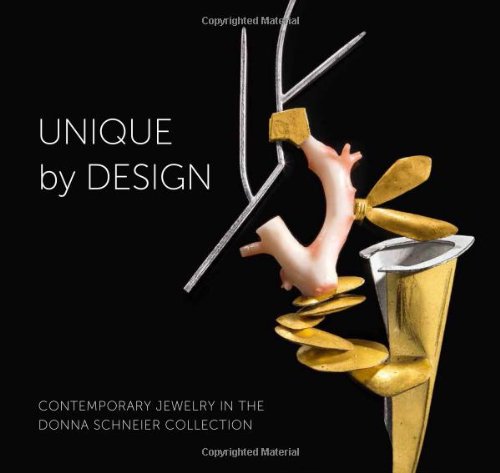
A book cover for Unique by Design: Contemporary Jewelry in the Donna Schneier Collection (Metropolitan Museum of Art); Suzanne Ramljak; Crafts, Hobbies & Home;